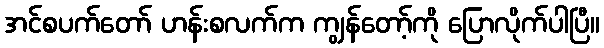
အင်စပက်တော် ဟန်းစလက်က ကျွန်တော့်ကို ပြောလိုက်ပါပြီ။